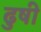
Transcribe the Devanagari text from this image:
ढुषी